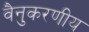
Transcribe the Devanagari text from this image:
वैनुकरणीय